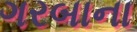
ગરબાના